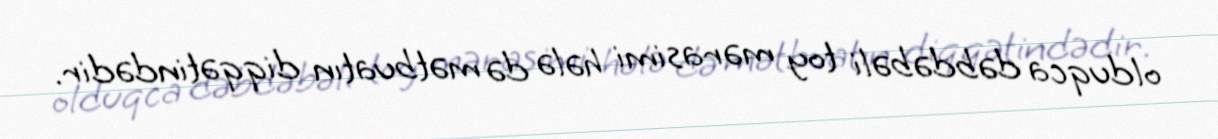
olduqca dəbdəbəli toy mərasimi hələ də mətbuatın diqqətindədir.